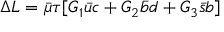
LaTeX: \Delta L = \bar { \mu } \tau [ G _ { 1 } \bar { u } c + G _ { 2 } \bar { b } d + G _ { 3 } \bar { s } b ]